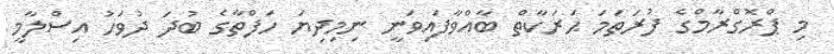
މި ޕްރޮގްރާމްގެ ފުރަތަމަ ޙަރަކާތް ބާއްވާފައިވަނީ ނިމިދިޔަ ހަފްތާގެ ބުދަ ދުވަހު އިސްލާމީ